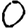
Digit: 0